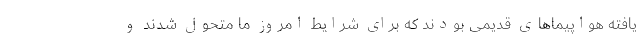
یافته هواپیماهای قدیمی بودند که برای شرایط امروز ما متحول شدند و